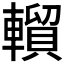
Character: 𰹦